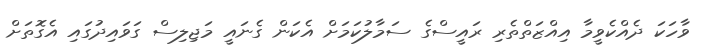
ވާހަކަ ދެއްކެވީމާ އިއްޒަތްތެރި ރައީސްގެ ސަމާލުކަމަށް އެކަން ގެނައީ މަޖިލިސް ގަވައިދުގައި އެގޮތަށް